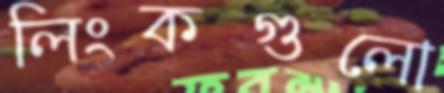
লিংকগুলো